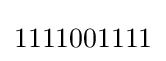
1111001111